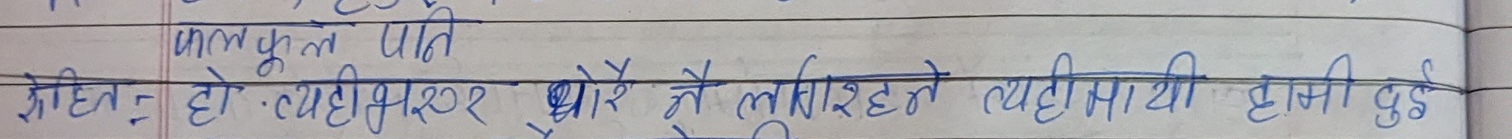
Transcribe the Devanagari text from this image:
फलफूल पनि
रोहित हो त्यहीभर थोरै नै लगिरहने त्यही भएर हाँसो उठ्छ ।